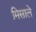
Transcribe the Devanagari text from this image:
मिसाले